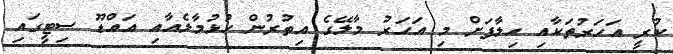
ކުރީ އަހަރުތަކާއި ހިލާފަށް މި އަހަރު މާލޭގެ އިތުރުން ހުޅުމާލެއާއި އައްޑޫ ސިޓީގައި